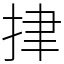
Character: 𢫫